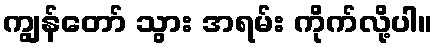
ကျွန်တော် သွား အရမ်း ကိုက်လို့ပါ။